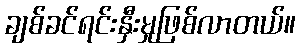
ချစ်ခင်ရင်းနှီးမှုဖြစ်လာတယ်။